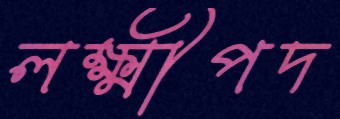
লক্ষ্মীপদ